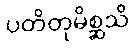
ပတိတုမိစ္ဆသိ